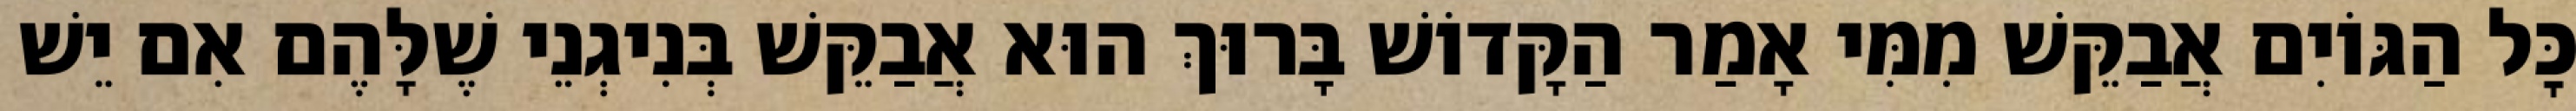
כׇּל הַגּוֹיִם אֲבַקֵּשׁ מִמִּי אָמַר הַקָּדוֹשׁ בָּרוּךְ הוּא אֲבַקֵּשׁ בְּנִיגְנֵי שֶׁלָּהֶם אִם יֵשׁ